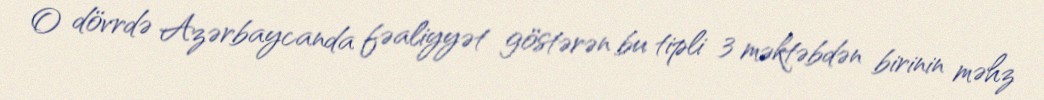
O dövrdə Azərbaycanda fəaliyyət göstərən bu tipli 3 məktəbdən birinin məhz